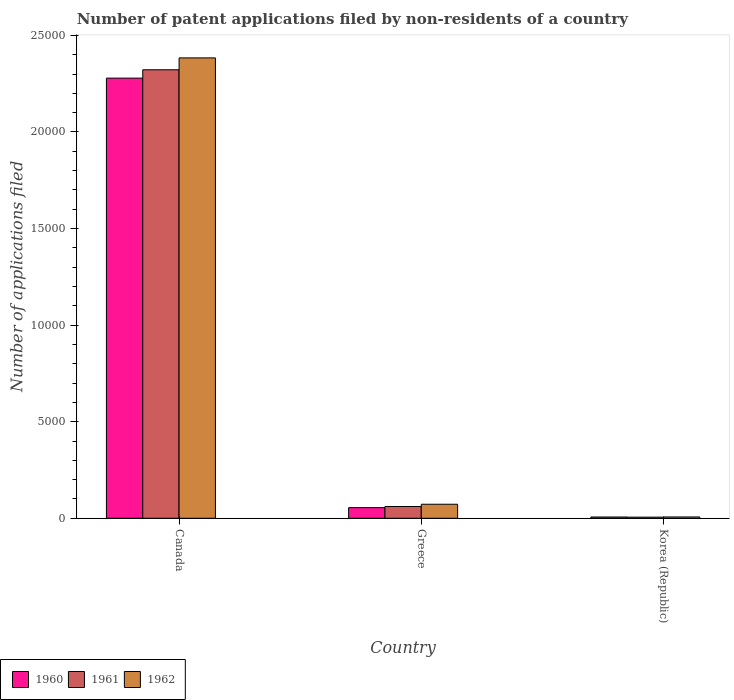
| Country | 1960 | 1961 | 1962 |
 | --- | --- | --- | --- |
 | Canada | 2.28e+04 | 2.32e+04 | 2.38e+04 |
 | Greece | 551 | 609 | 726 |
 | Korea (Republic) | 66 | 58 | 68 |